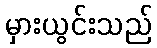
မှားယွင်းသည်